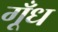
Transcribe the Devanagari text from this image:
गूँध